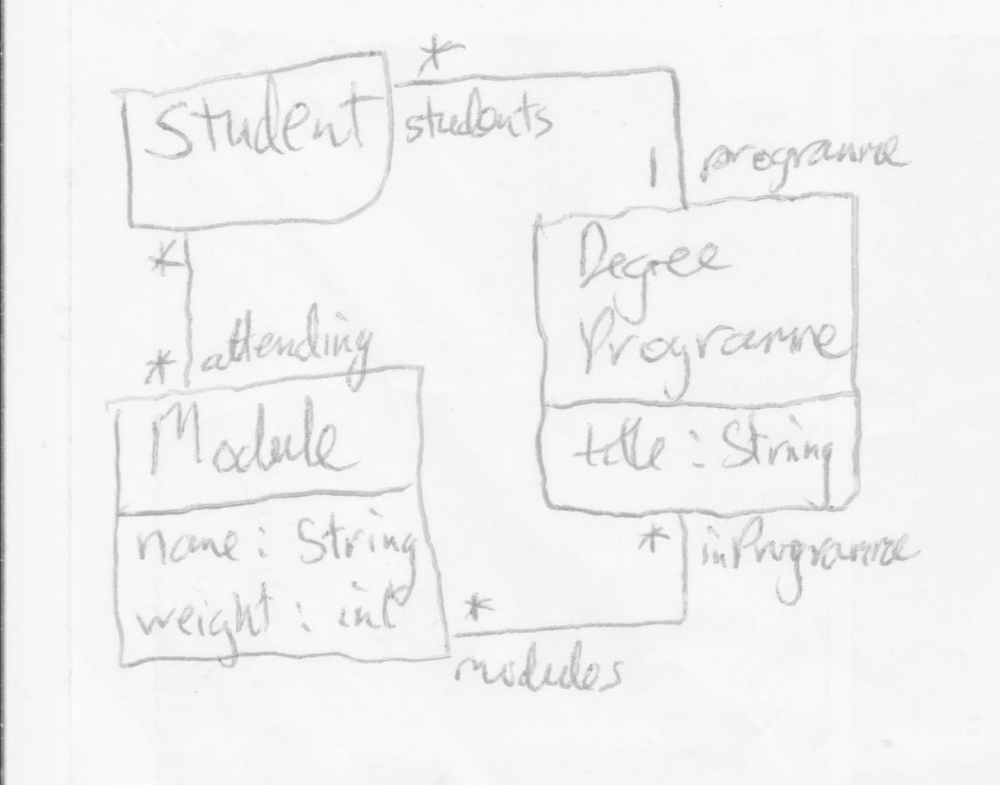
Diagram type: class_diagram
```plantuml
@startuml

class Student

class Module {
  name: String
  weight: int
}

class DegreeProgramme {
  title: String
}

Student "students *" -- "programme 1" DegreeProgramme
Module "attending *" -- "*" Student
Module "modules *" -- "inProgramme *" DegreeProgramme

@enduml
```